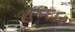
હકદાર